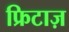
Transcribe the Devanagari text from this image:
फ्रिटाज़